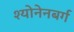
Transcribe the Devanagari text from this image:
श्योनेनबर्ग